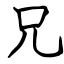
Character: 兄